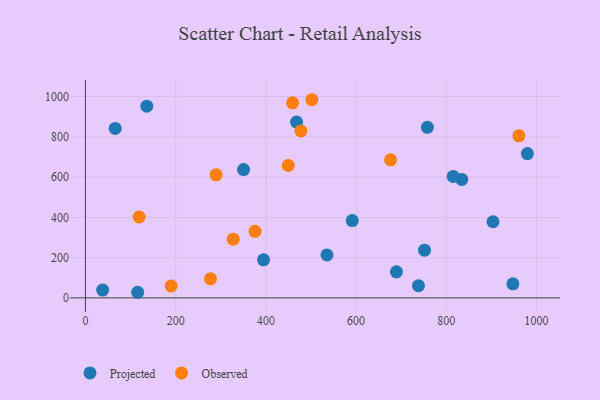
{"axis": {"x": "Experience", "y": "Demand"}, "legend": ["Observed", "Projected"], "data": [{"x": "535.4", "y": 213.5, "type": "Projected"}, {"x": "751.6", "y": 237.1, "type": "Projected"}, {"x": "815.1", "y": 603.3, "type": "Projected"}, {"x": "903.4", "y": 378.2, "type": "Projected"}, {"x": "468.0", "y": 873.1, "type": "Projected"}, {"x": "66.0", "y": 841.6, "type": "Projected"}, {"x": "394.8", "y": 189.2, "type": "Projected"}, {"x": "350.5", "y": 637.1, "type": "Projected"}, {"x": "136.0", "y": 952.4, "type": "Projected"}, {"x": "947.5", "y": 70.1, "type": "Projected"}, {"x": "38.1", "y": 38.7, "type": "Projected"}, {"x": "758.0", "y": 847.1, "type": "Projected"}, {"x": "834.1", "y": 588.6, "type": "Projected"}, {"x": "689.4", "y": 129.3, "type": "Projected"}, {"x": "591.4", "y": 383.8, "type": "Projected"}, {"x": "115.8", "y": 27.9, "type": "Projected"}, {"x": "738.2", "y": 60.9, "type": "Projected"}, {"x": "979.6", "y": 716.6, "type": "Projected"}, {"x": "459.1", "y": 969.0, "type": "Observed"}, {"x": "449.6", "y": 657.9, "type": "Observed"}, {"x": "277.2", "y": 94.9, "type": "Observed"}, {"x": "375.9", "y": 330.5, "type": "Observed"}, {"x": "501.8", "y": 984.2, "type": "Observed"}, {"x": "676.3", "y": 685.9, "type": "Observed"}, {"x": "289.7", "y": 611.1, "type": "Observed"}, {"x": "477.6", "y": 829.3, "type": "Observed"}, {"x": "960.8", "y": 805.1, "type": "Observed"}, {"x": "119.1", "y": 401.7, "type": "Observed"}, {"x": "189.9", "y": 59.1, "type": "Observed"}, {"x": "327.5", "y": 291.8, "type": "Observed"}]}